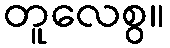
တူလေစွ။